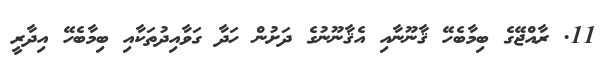
11. ރާއްޖޭގެ ބިމާބެހޭ ޤާނޫނާއި އެޤާނޫނުގެ ދަށުން ހަދާ ގަވާއިދުތަކާއި ބިމާބެހޭ އިދާރީ